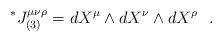
LaTeX: \begin{align*}\vphantom{J}^{*}J_{(3)}^{\mu \nu \rho} = dX^{\mu} \wedge dX^\nu \wedge dX^{\rho}~~.\end{align*}